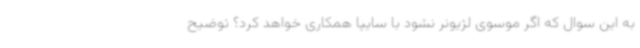
به این سوال که اگر موسوی لژیونر نشود با سایپا همکاری خواهد کرد؟ توضیح